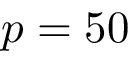
p = 5 0